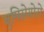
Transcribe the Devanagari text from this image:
बुमिसेगोरो